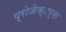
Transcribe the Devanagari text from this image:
प्रोजेक्टर्स